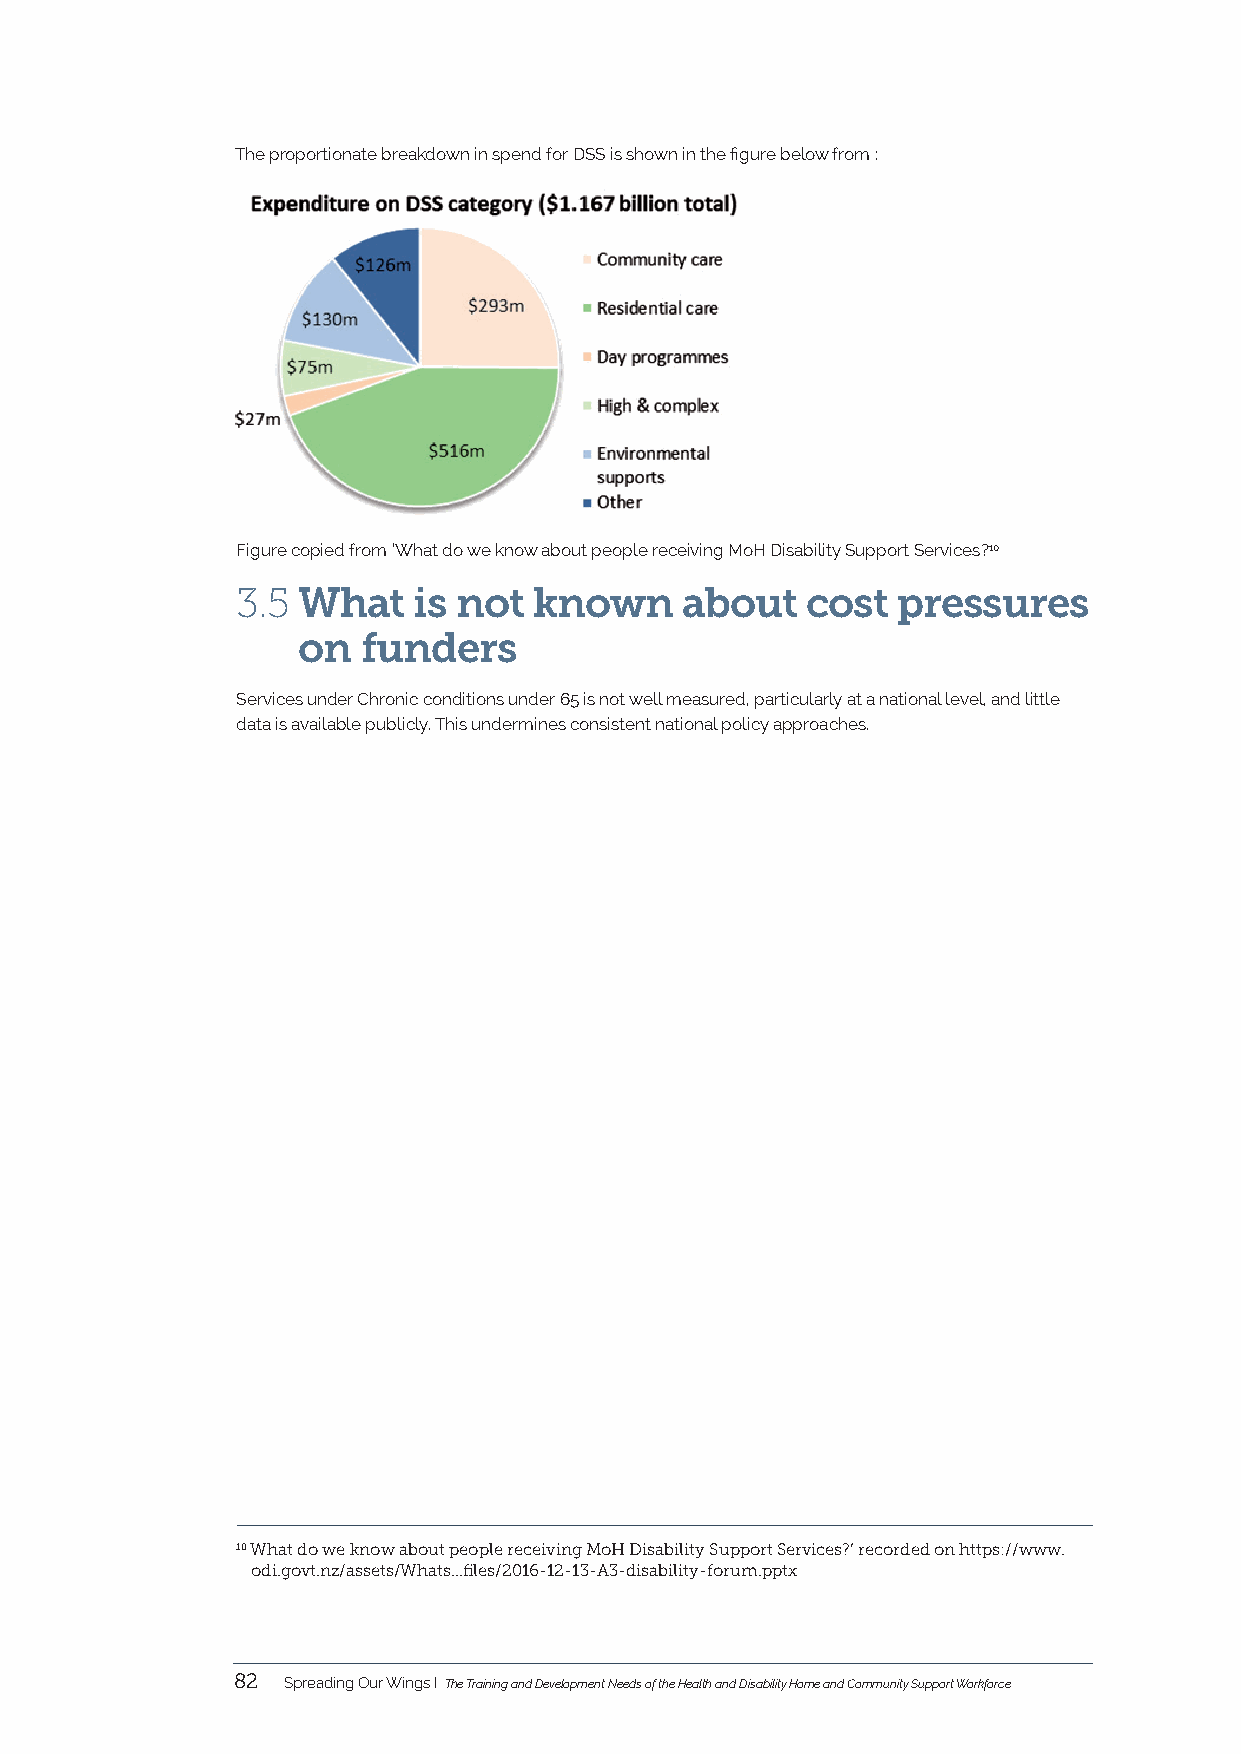
The proportionate breakdown in spend for DSS is shown in the figure below from :
 Figure copied from ‘What do we know about people receiving MoH Disability Support Services?10
 3.5 What   is not  known     about   cost  pressures
 on  funders
 Services under Chronic conditions under 65 is not well measured, particularly at a national level, and little
 data is available publicly. This undermines consistent national policy approaches.
 10 What do we know about people receiving MoH Disability Support Services?’ recorded on https://www.
 odi.govt.nz/assets/Whats...files/2016-12-13-A3-disability-forum.pptx
 82  Spreading Our Wings I The Training and Development Needs of the Health and Disability Home and Community Support Workforce